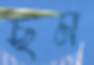
ছম